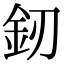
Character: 釰